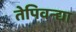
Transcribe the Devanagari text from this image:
तेपिवन्द्या